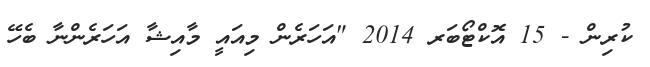
ކުރިން - 15 އޮކްޓޯބަރ 2014 "އަހަރެން މިއައީ މާއިޝާ އަހަރެންނާ ބެހޭ